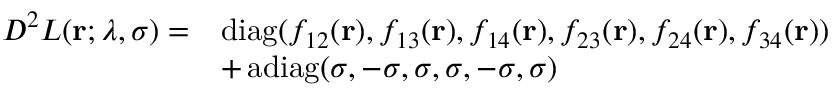
\begin{array} { r l } { D ^ { 2 } L ( \mathbf { r } ; \lambda , \sigma ) = } & { \operatorname { d i a g } ( f _ { 1 2 } ( \mathbf { r } ) , f _ { 1 3 } ( \mathbf { r } ) , f _ { 1 4 } ( \mathbf { r } ) , f _ { 2 3 } ( \mathbf { r } ) , f _ { 2 4 } ( \mathbf { r } ) , f _ { 3 4 } ( \mathbf { r } ) ) } \\ & { + \operatorname { a d i a g } ( \sigma , - \sigma , \sigma , \sigma , - \sigma , \sigma ) } \end{array}